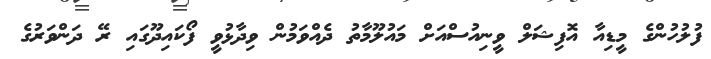
ފުލުހުންގެ މީޑިއާ އޮފިޝަލް ވީނިއުސްއަށް މައުލޫމާތު ދެއްވަމުން ވިދާޅުވީ ފޯކައިދޫގައި ރޭ ދަންވަރުގެ